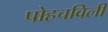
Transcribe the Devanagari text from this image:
पोहचविली